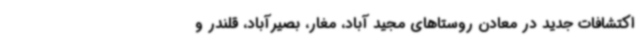
اکتشافات جدید در معادن روستاهای مجید آباد، مغار، بصیرآباد، قلندر و